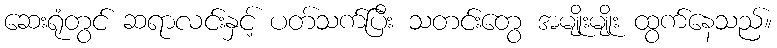
ဆေးရုံတွင် ဆရာလင်းနှင့် ပတ်သက်ပြီး သတင်းတွေ အမျိုးမျိုး ထွက်နေသည်။